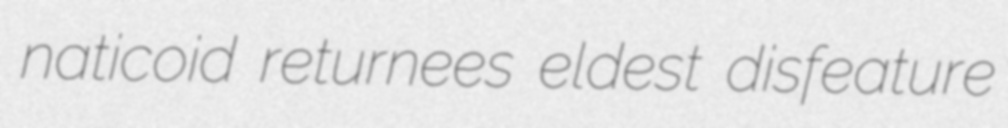
naticoid returnees eldest disfeature